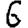
Digit: 6